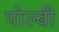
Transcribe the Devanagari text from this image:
पोल्बी